Vaccination Hyderabad 1872-1889 - 1872-1889
Year: 1872
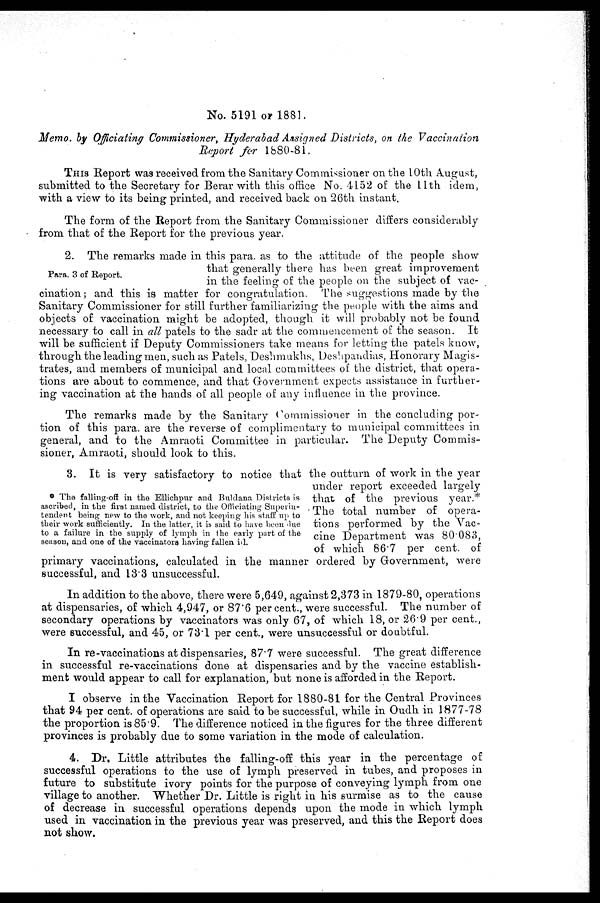
No. 5191 OF 1881.
Memo. by Officiating Commissioner, Hyderabad Assigned Districts, on the Vaccination
Report for 1880-81.
THIS Report was received from the Sanitary Commissioner on the 10th August,
submitted to the Secretary for Berar with this office No. 4152 of the 11th idem,
with a view to its being printed, and received back on 26th instant.
The form of the Report from the Sanitary Commissioner differs considerably
from that of the Report for the previous year.
Para. 3 of Report.
2. The remarks made in this para, as to the attitude of the people show
that generally there has been great improvement
in the feeling of the people on the subject of vac-
cination; and this is matter for congratulation. The suggestions made by the
Sanitary Commissioner for still further familiarizing the people with the aims and
objects of vaccination might be adopted, though it will probably not be found
necessary to call in all patels to the sadr at the commencement of the season. It
will be sufficient if Deputy Commissioners take means for letting the patels know,
through the leading men, such as Patels, Deshmukhs, Deshpandias, Honorary Magis-
trates, and members of municipal and local committees of the district, that opera-
tions are about to commence, and that Government expects assistance in further-
ing vaccination at the hands of all people of any influence in the province.
The remarks made by the Sanitary Commissioner in the concluding por-
tion of this para. are the reverse of complimentary to municipal committees in
general, and to the Amraoti Committee in particular. The Deputy Commis-
sioner, Amraoti, should look to this.
* The falling-off in the Ellichpur and Buldana Districts is
ascribed, in the first named district, to the Officiating Superin-
tendent being new to the work, and not keeping his staff up to
their work sufficiently. In the latter, it is said to have been due
to a failure in the supply of lymph in the early part of the
season, and one of the vaccinators having fallen id.
3. It is very satisfactory to notice that the outturn of work in the year
under report exceeded largely
that of the previous year.*
The total number of opera-
tions performed by the Vac-
cine Department was 80.083,
of which 86.7 per cent. of
primary vaccinations, calculated in the manner ordered by Government, were
successful, and 13.3 unsuccessful.
In addition to the above, there were 5,649, against 2,373 in 1879-80, operations
at dispensaries, of which 4,947, or 87.6 per cent., were successful. The number of
secondary operations by vaccinators was only 67, of which 18, or 26.9 per cent.,
were successful, and 45, or 73.1 per cent., were unsuccessful or doubtful.
In re-vaccinations at dispensaries, 87.7 were successful. The great difference
in successful re-vaccinations done at dispensaries and by the vaccine establish-
ment would appear to call for explanation, but none is afforded in the Report.
I observe in the Vaccination Report for 1880-81 for the Central Provinces
that 94 per cent. of operations are said to be successful, while in Oudh in 1877-78
the proportion is 85.9. The difference noticed in the figures for the three different
provinces is probably due to some variation in the mode of calculation.
4. Dr. Little attributes the falling-off this year in the percentage of
successful operations to the use of lymph preserved in tubes, and proposes in
future to substitute ivory points for the purpose of conveying lymph from one
village to another. Whether Dr. Little is right in his surmise as to the cause
of decrease in successful operations depends upon the mode in which lymph
used in vaccination in the previous year was preserved, and this the Report does
not show.